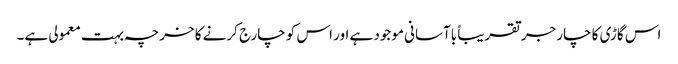
اس گاڑی کا چارجر تقریباً باآسانی موجود ہے اور اس کو چارج کرنے کا خرچہ بہت معمولی ہے۔